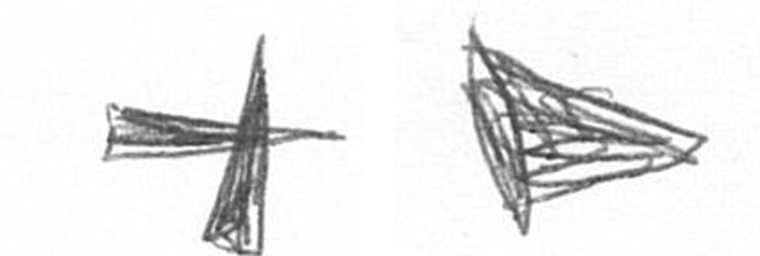
G T